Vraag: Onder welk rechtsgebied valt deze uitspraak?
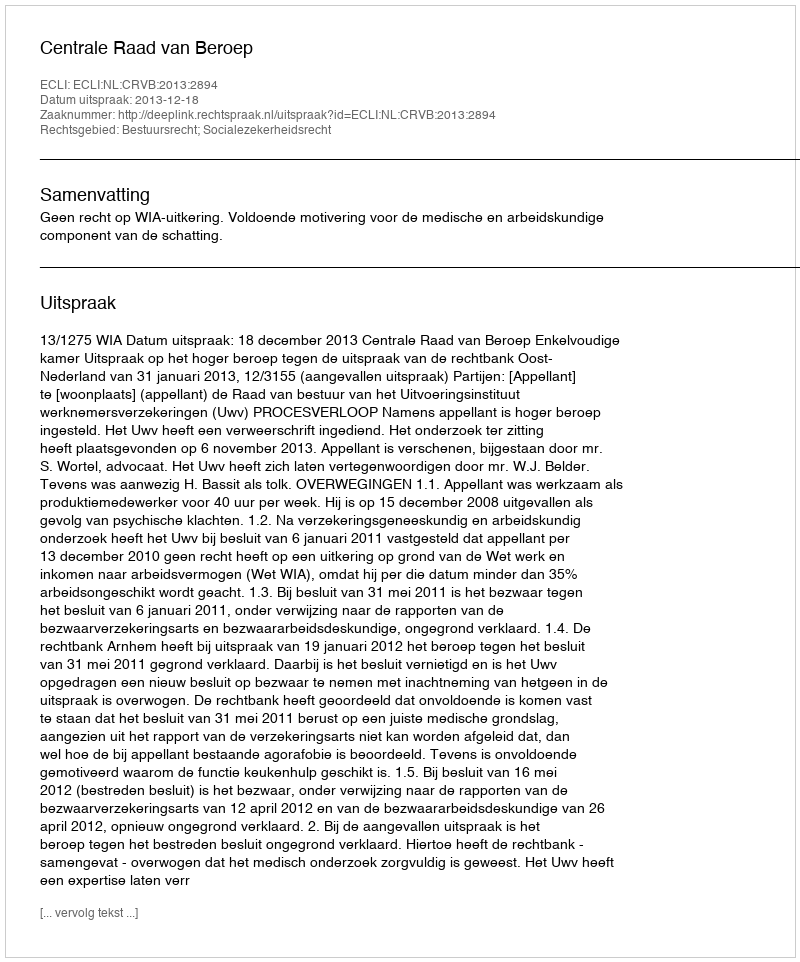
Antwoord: Bestuursrecht; Socialezekerheidsrecht